Document type: bank_statement
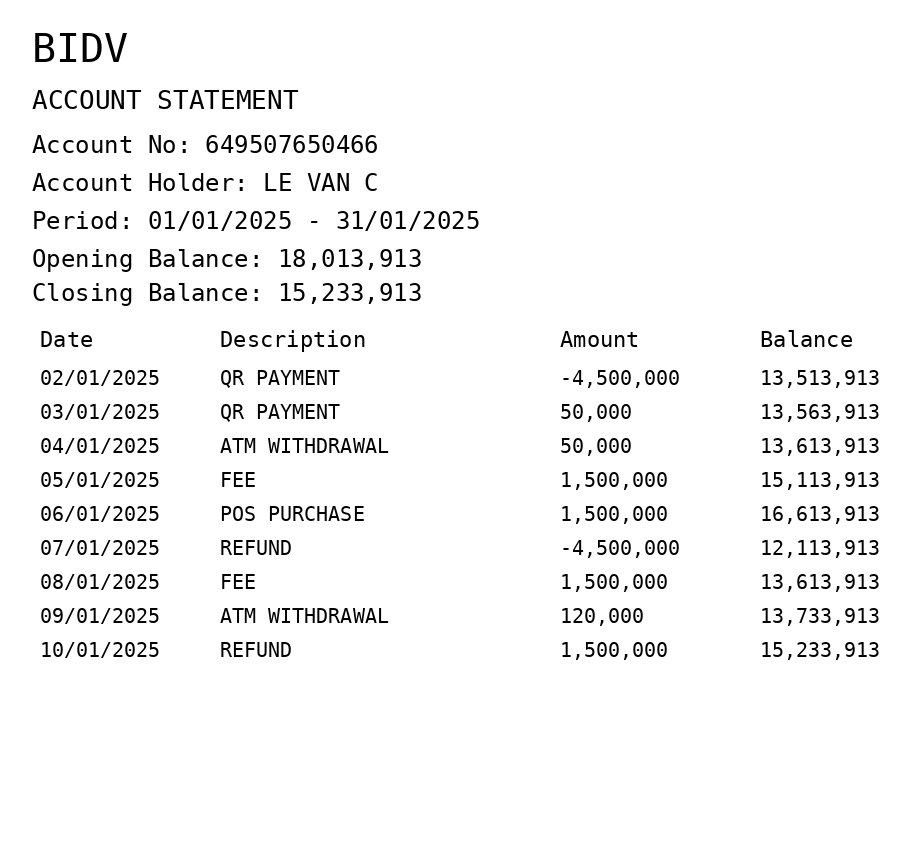
OCR transcript:
BIDV
ACCOUNT STATEMENT
Account No: 649507650466
Account Holder: LE VAN C
Period: 01/01/2025 - 31/01/2025
Opening Balance: 18,013,913
Closing Balance: 15,233,913
Date
Description
Amount
Balance
02/01/2025
QR PAYMENT
-4,500,000
13,513,913
03/01/2025
QR PAYMENT
50,000
13,563,913
04/01/2025
ATM WITHDRAWAL
50,000
13,613,913
05/01/2025
FEE
1,500,000
15,113,913
06/01/2025
POS PURCHASE
1,500,000
16,613,913
07/01/2025
REFUND
-4,500,000
12,113,913
08/01/2025
FEE
1,500,000
13,613,913
09/01/2025
ATM WITHDRAWAL
120,000
13,733,913
10/01/2025
REFUND
1,500,000
15,233,913
Extracted fields:
bank_name: bidv
account_number: 649507650466
account_holder: le van c
statement_period: 01/01/2025 - 31/01/2025
opening_balance: 18013913
closing_balance: 15233913
transactions: date: 2025-01-02
description: qr payment
amount: -4500000
balance: 13513913
date: 2025-01-03
description: qr payment
amount: 50000
balance: 13563913
date: 2025-01-04
description: atm withdrawal
amount: 50000
balance: 13613913
date: 2025-01-05
description: fee
amount: 1500000
balance: 15113913
date: 2025-01-06
description: pos purchase
amount: 1500000
balance: 16613913
date: 2025-01-07
description: refund
amount: -4500000
balance: 12113913
date: 2025-01-08
description: fee
amount: 1500000
balance: 13613913
date: 2025-01-09
description: atm withdrawal
amount: 120000
balance: 13733913
date: 2025-01-10
description: refund
amount: 1500000
balance: 15233913